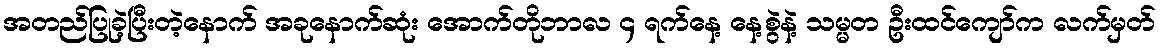
အတည်ပြုခဲ့ပြီးတဲ့နောက် အခုနောက်ဆုံး အောက်တိုဘာလ ၄ ရက်နေ့ နေ့စွဲနဲ့ သမ္မတ ဦးထင်ကျော်က လက်မှတ်